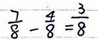
\frac { 7 } { 8 } - \frac { 4 } { 8 } = \frac { 3 } { 8 }